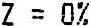
Z = 0%